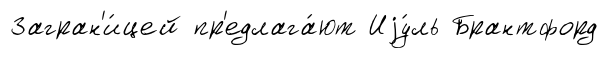
Загран'и́цей пр'едлага́ют Иjу́ль Брантфорд